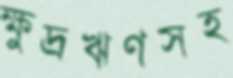
ক্ষুদ্রঋণসহ